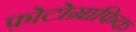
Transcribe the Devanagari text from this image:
फ़ोटोग्राफिक